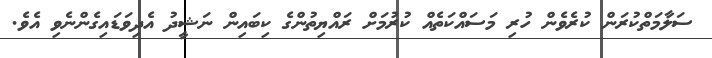
ސަލާމަތްކުރަން ކުރެވެން ހުރި މަސައްކަތެއް ކުރުމަށް ރައްޔިތުންގެ ކިބައިން ނަޝީދު އެދިވަޑައިގެންނެވި އެވެ.